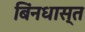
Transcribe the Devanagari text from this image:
बिंनधास्त